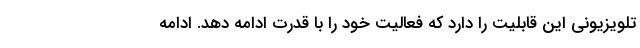
تلویزیونی این قابلیت را دارد که فعالیت خود را با قدرت ادامه دهد. ادامه